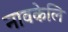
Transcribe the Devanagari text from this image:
नावकेलि